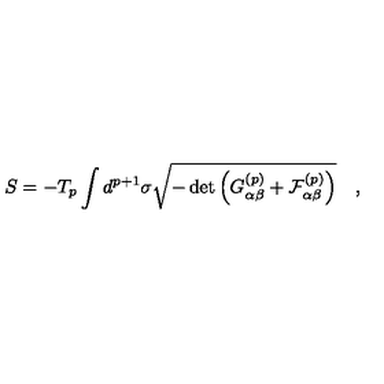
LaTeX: S = - T _ { p } \int d ^ { p + 1 } \sigma \sqrt { - \det \left( G _ { \alpha \beta } ^ { ( p ) } + { \cal { F } } _ { \alpha \beta } ^ { ( p ) } \right) } \quad ,